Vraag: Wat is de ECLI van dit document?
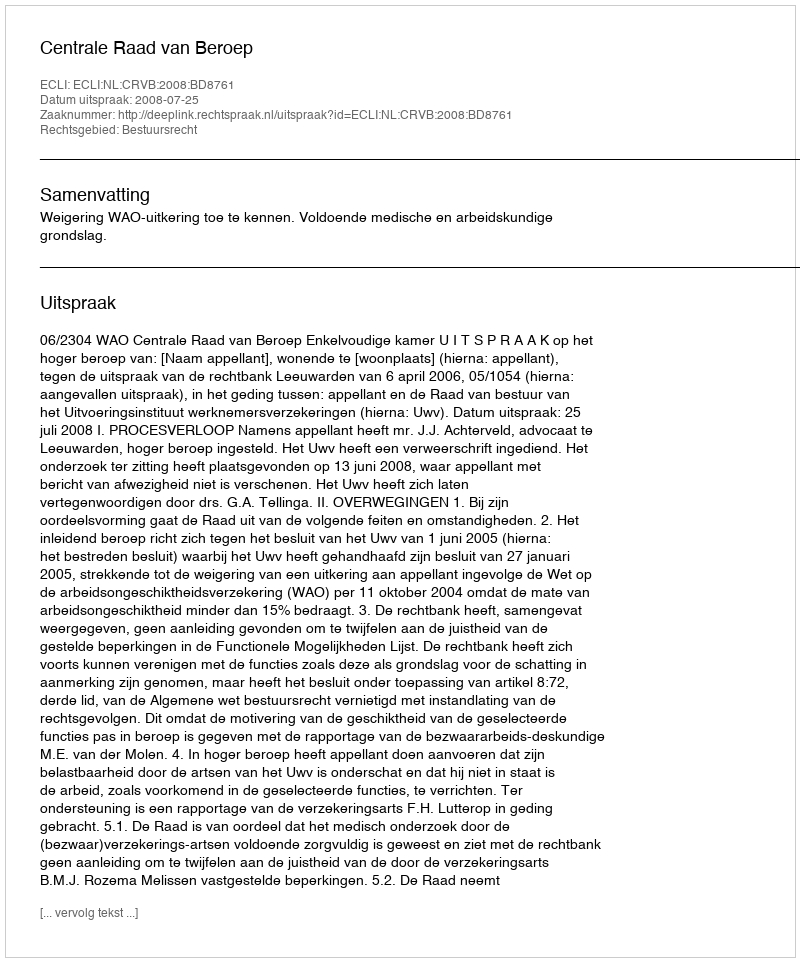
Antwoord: ECLI:NL:CRVB:2008:BD8761